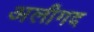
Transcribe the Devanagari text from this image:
अलीगद